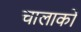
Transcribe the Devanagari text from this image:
चालाकों